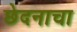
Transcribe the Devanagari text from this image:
छेदनाचा